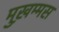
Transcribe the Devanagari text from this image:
मुख़म्मस